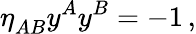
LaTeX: \eta_{AB}^{}y^{A}y^{B}=-1\, ,